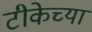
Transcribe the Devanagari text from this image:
टीकेच्या